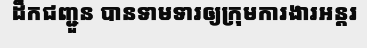
ដឹកជញ្ជួន បានទាមទារឲ្យក្រុមការងារអន្តរ